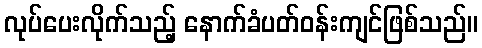
လုပ်ပေးလိုက်သည့် နောက်ခံပတ်ဝန်းကျင်ဖြစ်သည်။